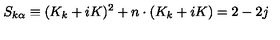
S _ { k \alpha } \equiv ( K _ { k } + i K ) ^ { 2 } + n \cdot ( K _ { k } + i K ) = 2 - 2 j